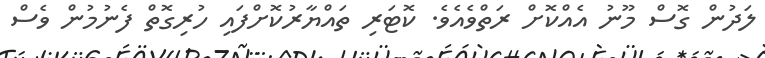
ލަދުން ގޮސް މޫނު އެއްކޮށް ރަތްވެއެވެ. ކޮޓަރި ތައްޔާރުކޮށްފައި ހުރިގޮތް ފެނުމުން ވެސް